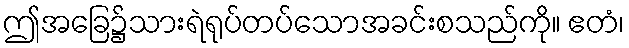
ဤအခြေ၌သားရဲရုပ်တပ်သောအခင်းစသည်ကို။ ဧတံ၊